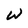
Character: w